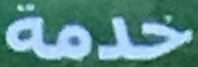
خدمة